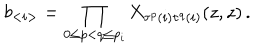
LaTeX: b _ { < i > } = \prod _ { 0 \leq p < q \leq p _ { i } } X _ { \tau ^ { p } ( i ) \tau ^ { q } ( i ) } ( z , z ) \, .